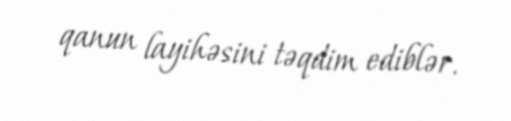
qanun layihəsini təqdim ediblər.